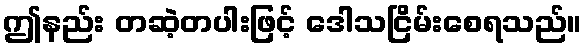
ဤနည်း တဆဲ့တပါးဖြင့် ဒေါသငြိမ်းစေရသည်။